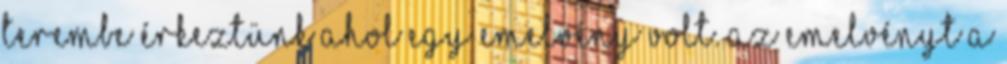
terembe érkeztünk ahol egy emelvény volt. Az emelvényt a